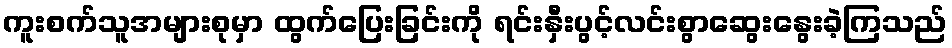
ကူးစက်သူအများစုမှာ ထွက်ပြေးခြင်းကို ရင်းနှီးပွင့်လင်းစွာဆွေးနွေးခဲ့ကြသည်